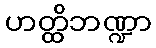
ဟတ္ထိဘဏ္ဍာ